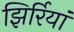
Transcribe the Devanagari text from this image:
झिर्रियां